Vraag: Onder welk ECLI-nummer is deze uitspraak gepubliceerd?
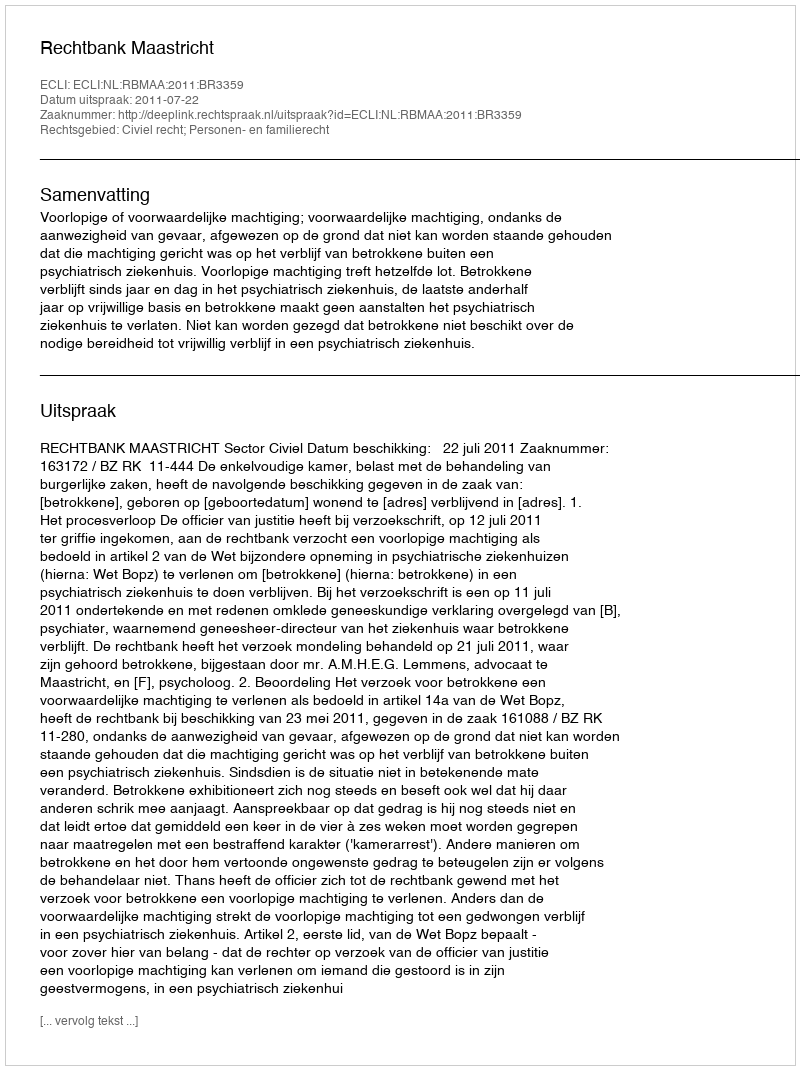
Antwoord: ECLI:NL:RBMAA:2011:BR3359